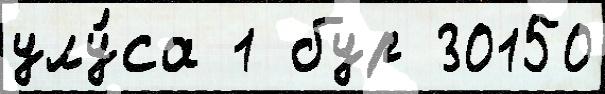
улу́са 1 бур 30150